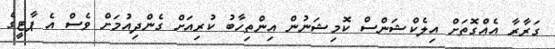
ގަރާރާ އެއްގޮތަށް އިލެކްޝަންސް ކޮމިޝަނުން އިންތިހާބު ކުރިއަށް ގެންދިއުމަށް ވެސް އެ ޕާޓީގެ